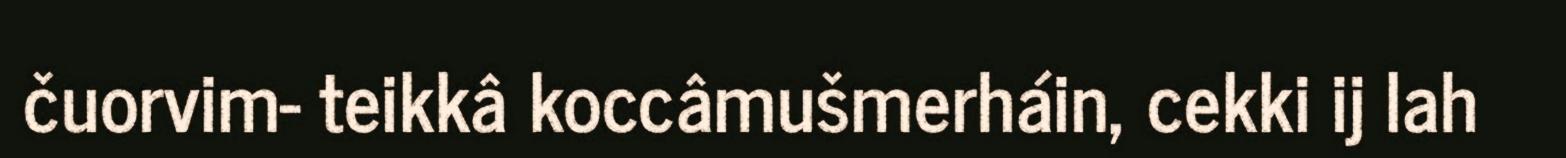
čuorvim- teikkâ koccâmušmerháin, cekki ij lah